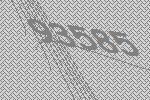
93585